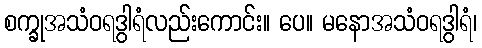
စက္ခုအသံဝရဒွါရံလည်းကောင်း။ ပေ။ မနောအသံဝရဒွါရံ၊